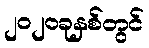
၂၀၂၀ခုနှစ်တွင်